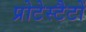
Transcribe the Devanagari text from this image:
प्रोटेस्टैटों